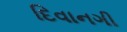
દિવાનગી